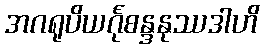
အဂရုပိယင်္ဂုစန္ဒနုဿဒါဟိ